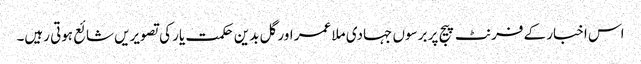
اس اخبار کے فرنٹ پیج پر برسوں جہادی ملا عمر اور گل بدین حکمت یار کی تصویریں شائع ہوتی رہیں۔